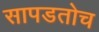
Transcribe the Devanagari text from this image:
सापडतोच